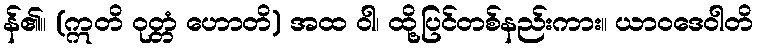
န်၏။ (ဣတိ ဝုတ္တံ ဟောတိ) အထ ဝါ၊ ထို့ပြင်တစ်နည်းကား။ ယာဝဒေဝါတိ